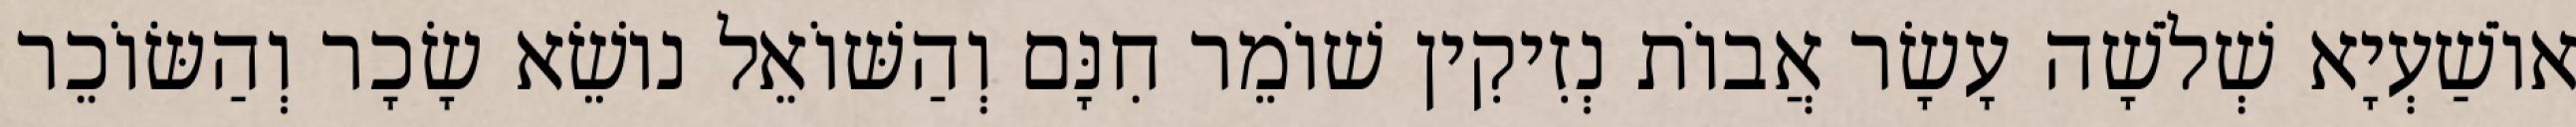
אוֹשַׁעְיָא שְׁלֹשָׁה עָשָׂר אֲבוֹת נְזִיקִין שׁוֹמֵר חִנָּם וְהַשּׁוֹאֵל נוֹשֵׂא שָׂכָר וְהַשּׂוֹכֵר